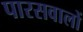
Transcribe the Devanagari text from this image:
पारसवालों